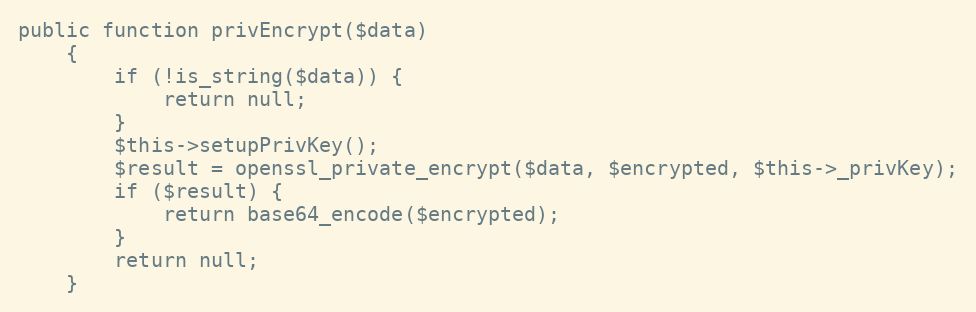
Language: PHP
public function privEncrypt($data)
    {
        if (!is_string($data)) {
            return null;
        }
        $this->setupPrivKey();
        $result = openssl_private_encrypt($data, $encrypted, $this->_privKey);
        if ($result) {
            return base64_encode($encrypted);
        }
        return null;
    }